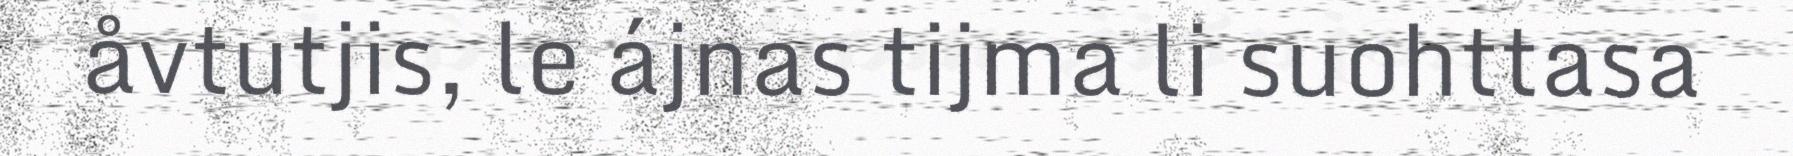
åvtutjis, le ájnas tijma li suohttasa